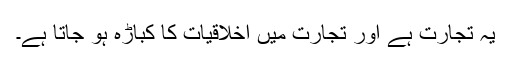
یہ تجارت ہے اور تجارت میں اخلاقیات کا کباڑہ ہو جاتا ہے۔